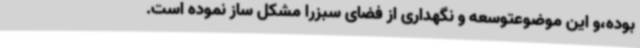
بوده،و این موضوعتوسعه و نگهداری از فضای سبزرا مشکل ساز نموده است.